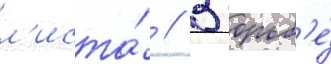
л'иста́ // В борьб'е́